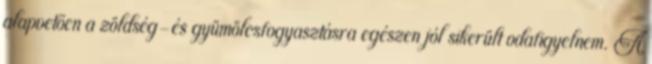
alapvetően a zöldség-és gyümölcsfogyasztásra egészen jól sikerült odafigyelnem. A